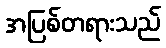
အပြစ်တရားသည်